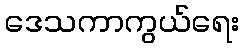
ဒေသကာကွယ်ရေး